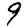
Digit: 9